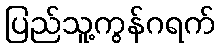
ပြည်သူ့ကွန်ဂရက်